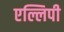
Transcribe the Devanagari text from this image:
एल्लिपी